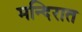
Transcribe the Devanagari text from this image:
मन्दिरात